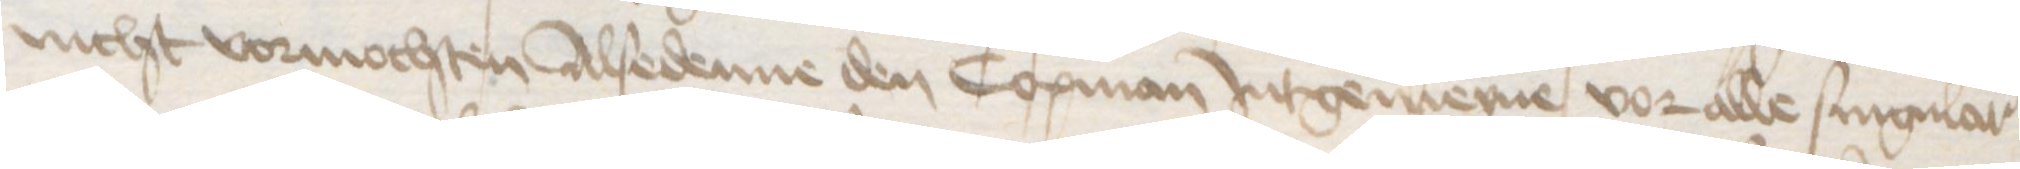
nicht vormochten Alsedenne den Copman Jntgemeyne vor alle singular